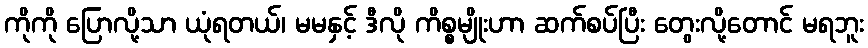
ကိုကို ပြောလို့သာ ယုံရတယ်၊ မမနှင့် ဒီလို ကိစ္စမျိုးဟာ ဆက်စပ်ပြီး တွေးလို့တောင် မရဘူး